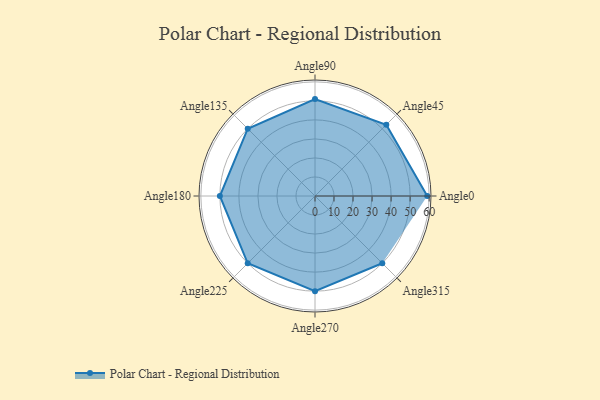
{"axis": {"x": "Angle", "y": "Radius"}, "legend": [""], "data": [{"x": "Angle0", "y": 59.0, "type": ""}, {"x": "Angle45", "y": 53.0, "type": ""}, {"x": "Angle90", "y": 51.0, "type": ""}, {"x": "Angle135", "y": 50, "type": ""}, {"x": "Angle180", "y": 50, "type": ""}, {"x": "Angle225", "y": 50, "type": ""}, {"x": "Angle270", "y": 50, "type": ""}, {"x": "Angle315", "y": 50, "type": ""}]}